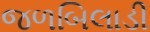
જળબિલાડી